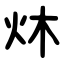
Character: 炑